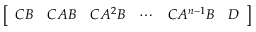
\left[ \begin{array} { l l l l l l } { C B } & { C A B } & { C A ^ { 2 } B } & { \cdots } & { C A ^ { n - 1 } B } & { D } \end{array} \right]